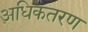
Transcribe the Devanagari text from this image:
अधिकतरण